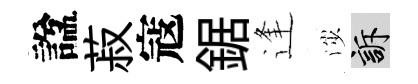
諡菽寇鋸逢渉訴